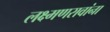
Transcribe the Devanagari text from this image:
लक्ष्मणरावांना